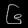
Digit: ၆